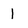
Character: 1